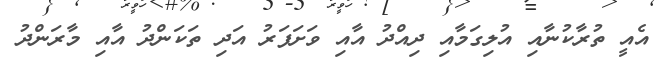
އެއީ ތުރާކުނާއި އުލިގަމާއި ދިއްދު އާއި ވަށަފަރު އަދި ތަކަންދު އާއި މާރަންދު